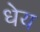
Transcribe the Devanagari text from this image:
धेय